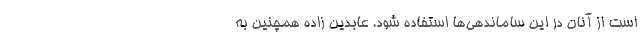
است از آنان در این ساماندهی‌ها استفاده شود. عابدین زاده همچنین به